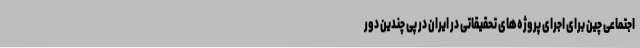
اجتماعی چین برای اجرای پروژه‌های تحقیقاتی در ایران در پی چندین دور